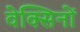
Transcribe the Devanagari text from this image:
वेक्सिनों